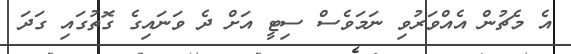
އެ މެޗުން އެއްވަރުވި ނަމަވެސް ސިޓީ އަށް ދެ ވަނައިގެ ގޮތުގައި ގަދަ